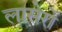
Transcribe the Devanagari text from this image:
लासेरों